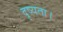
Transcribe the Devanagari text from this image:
दृष्यता।